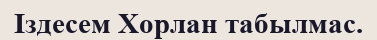
Іздесем Хорлан табылмас.